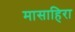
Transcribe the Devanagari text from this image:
मासाहिरा